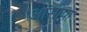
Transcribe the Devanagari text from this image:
आसोपा